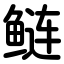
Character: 鲢